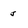
Character: j